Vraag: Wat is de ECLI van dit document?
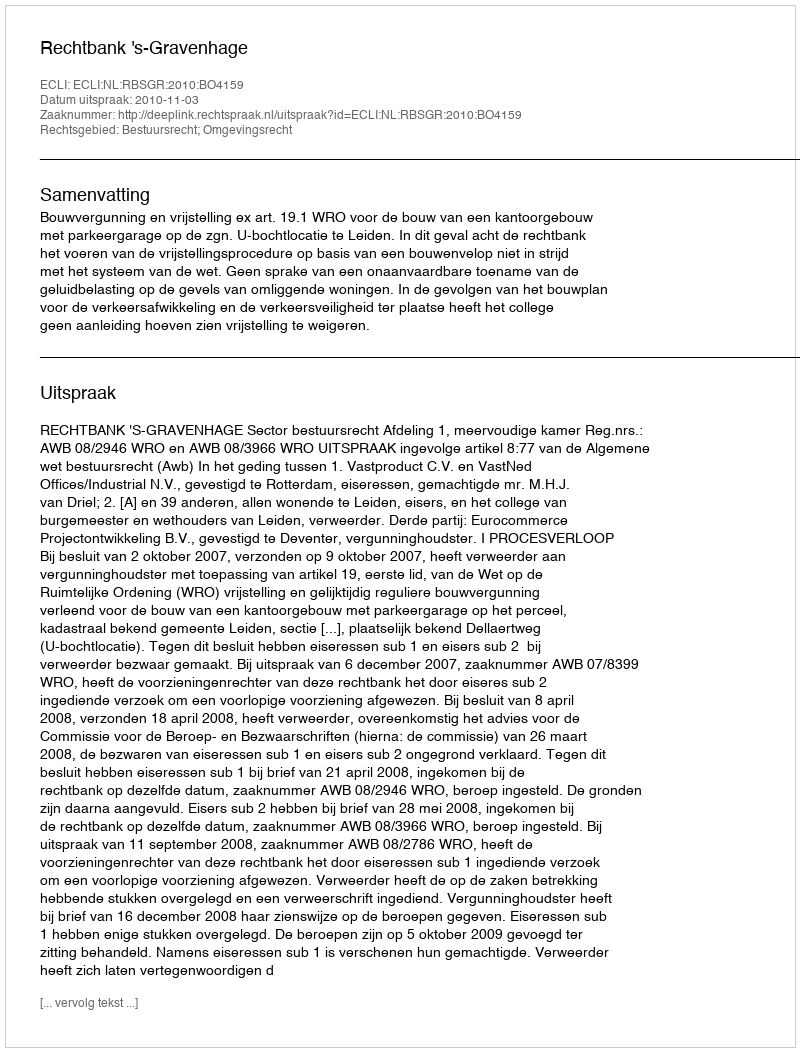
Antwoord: ECLI:NL:RBSGR:2010:BO4159